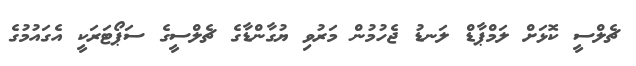
ޗެލްސީ ކޮޅަށް ލަމްޕާޑް ލަނޑު ޖެހުމުން މަރުވި ޔުގާންޑާގެ ޗެލްސީގެ ސަޕޯޓަރަކީ އެގައުމުގެ